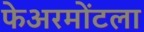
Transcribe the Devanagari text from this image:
फेअरमोंटला